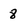
Character: 8